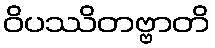
ဝိပဿိတဗ္ဗာတိ